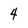
Character: 4